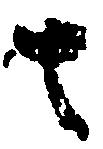
去